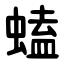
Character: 䗘